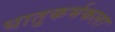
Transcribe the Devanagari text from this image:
धातुकर्मकला